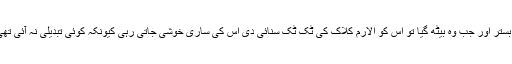
ایک میز دو کرسیاں ایک بستر اور جب وہ بیٹھ گیا تو اس کو الارم کلاک کی ٹک ٹک سنائی دی اس کی ساری خوشی جاتی رہی کیونکہ کوئی تبدیلی نہ آئی تھی اور آدمی کو طیش آ گیا۔